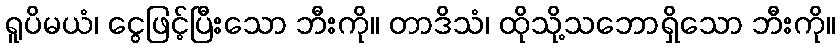
ရူပိမယံ၊ ငွေဖြင့်ပြီးသော ဘီးကို။ တာဒိသံ၊ ထိုသို့သဘောရှိသော ဘီးကို။